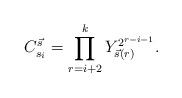
LaTeX: \begin{align*} C^{\vec s}_{s_i}=\prod_{r=i+2}^{k}Y_{\vec s(r)}^{2^{r-i-1}}. \end{align*}